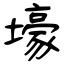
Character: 壕